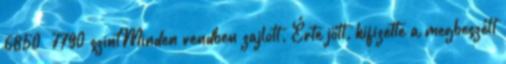
6850 7790 szintMinden rendben zajlott. Érte jött, kifizette a megbeszélt